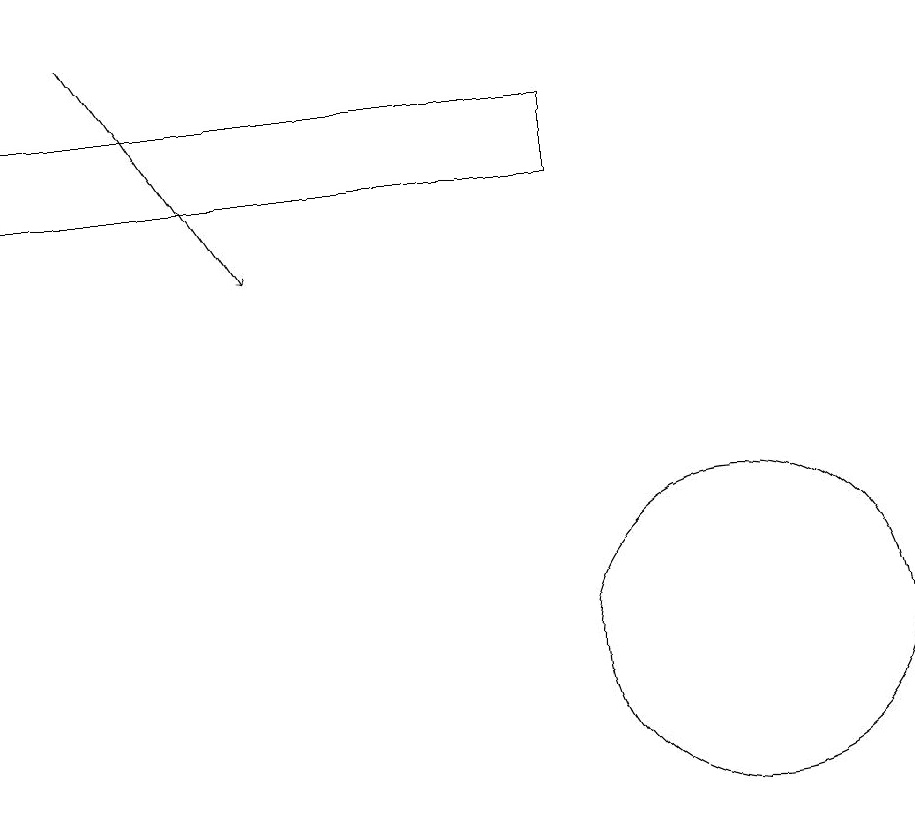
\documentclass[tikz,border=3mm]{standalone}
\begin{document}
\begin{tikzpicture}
\draw (2,18) rectangle (9,17);
\draw (10,10) circle (0);
\draw (11,11) circle (2);
\draw[->] (3,19) -- (5,16);
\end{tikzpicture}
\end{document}